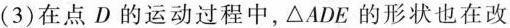
(3)在点D的运动过程中，\triangle ADE的形状也在改